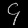
Digit: ၄